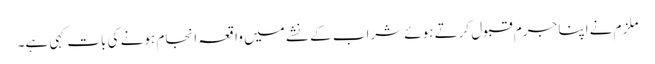
ملزم نے اپنا جرم قبول کرتے ہوئے شراب کے نشے میں واقعہ انجام ہونے کی بات کہی ہے۔